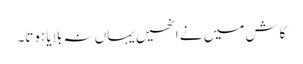
کاش میں نے انھیں یہاں نہ بلایا ہوتا۔